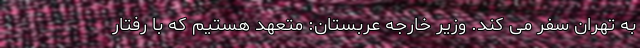
به تهران سفر می کند. وزیر خارجه عربستان: متعهد هستیم که با رفتار